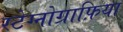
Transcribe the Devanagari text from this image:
स्टेग्नोग्राफ़िया